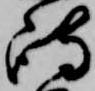
嶋